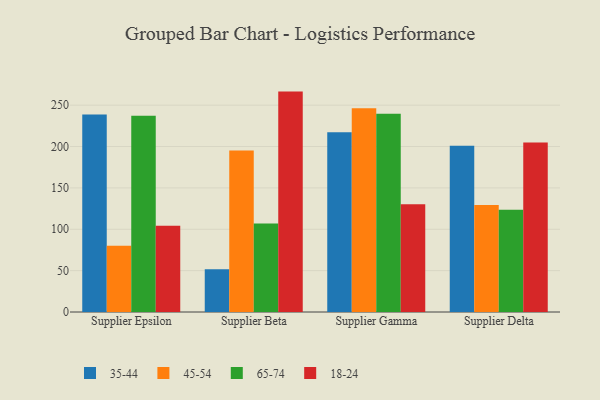
{"axis": {"x": "Supplier", "y": "Budget (USD K)"}, "legend": ["18-24", "35-44", "45-54", "65-74"], "data": [{"x": "Supplier Epsilon", "y": 238.8, "type": "35-44"}, {"x": "Supplier Epsilon", "y": 80.0, "type": "45-54"}, {"x": "Supplier Epsilon", "y": 237.2, "type": "65-74"}, {"x": "Supplier Epsilon", "y": 104.4, "type": "18-24"}, {"x": "Supplier Beta", "y": 51.7, "type": "35-44"}, {"x": "Supplier Beta", "y": 195.2, "type": "45-54"}, {"x": "Supplier Beta", "y": 107.0, "type": "65-74"}, {"x": "Supplier Beta", "y": 266.4, "type": "18-24"}, {"x": "Supplier Gamma", "y": 217.2, "type": "35-44"}, {"x": "Supplier Gamma", "y": 246.2, "type": "45-54"}, {"x": "Supplier Gamma", "y": 239.6, "type": "65-74"}, {"x": "Supplier Gamma", "y": 130.3, "type": "18-24"}, {"x": "Supplier Delta", "y": 200.9, "type": "35-44"}, {"x": "Supplier Delta", "y": 129.4, "type": "45-54"}, {"x": "Supplier Delta", "y": 123.6, "type": "65-74"}, {"x": "Supplier Delta", "y": 205.0, "type": "18-24"}]}